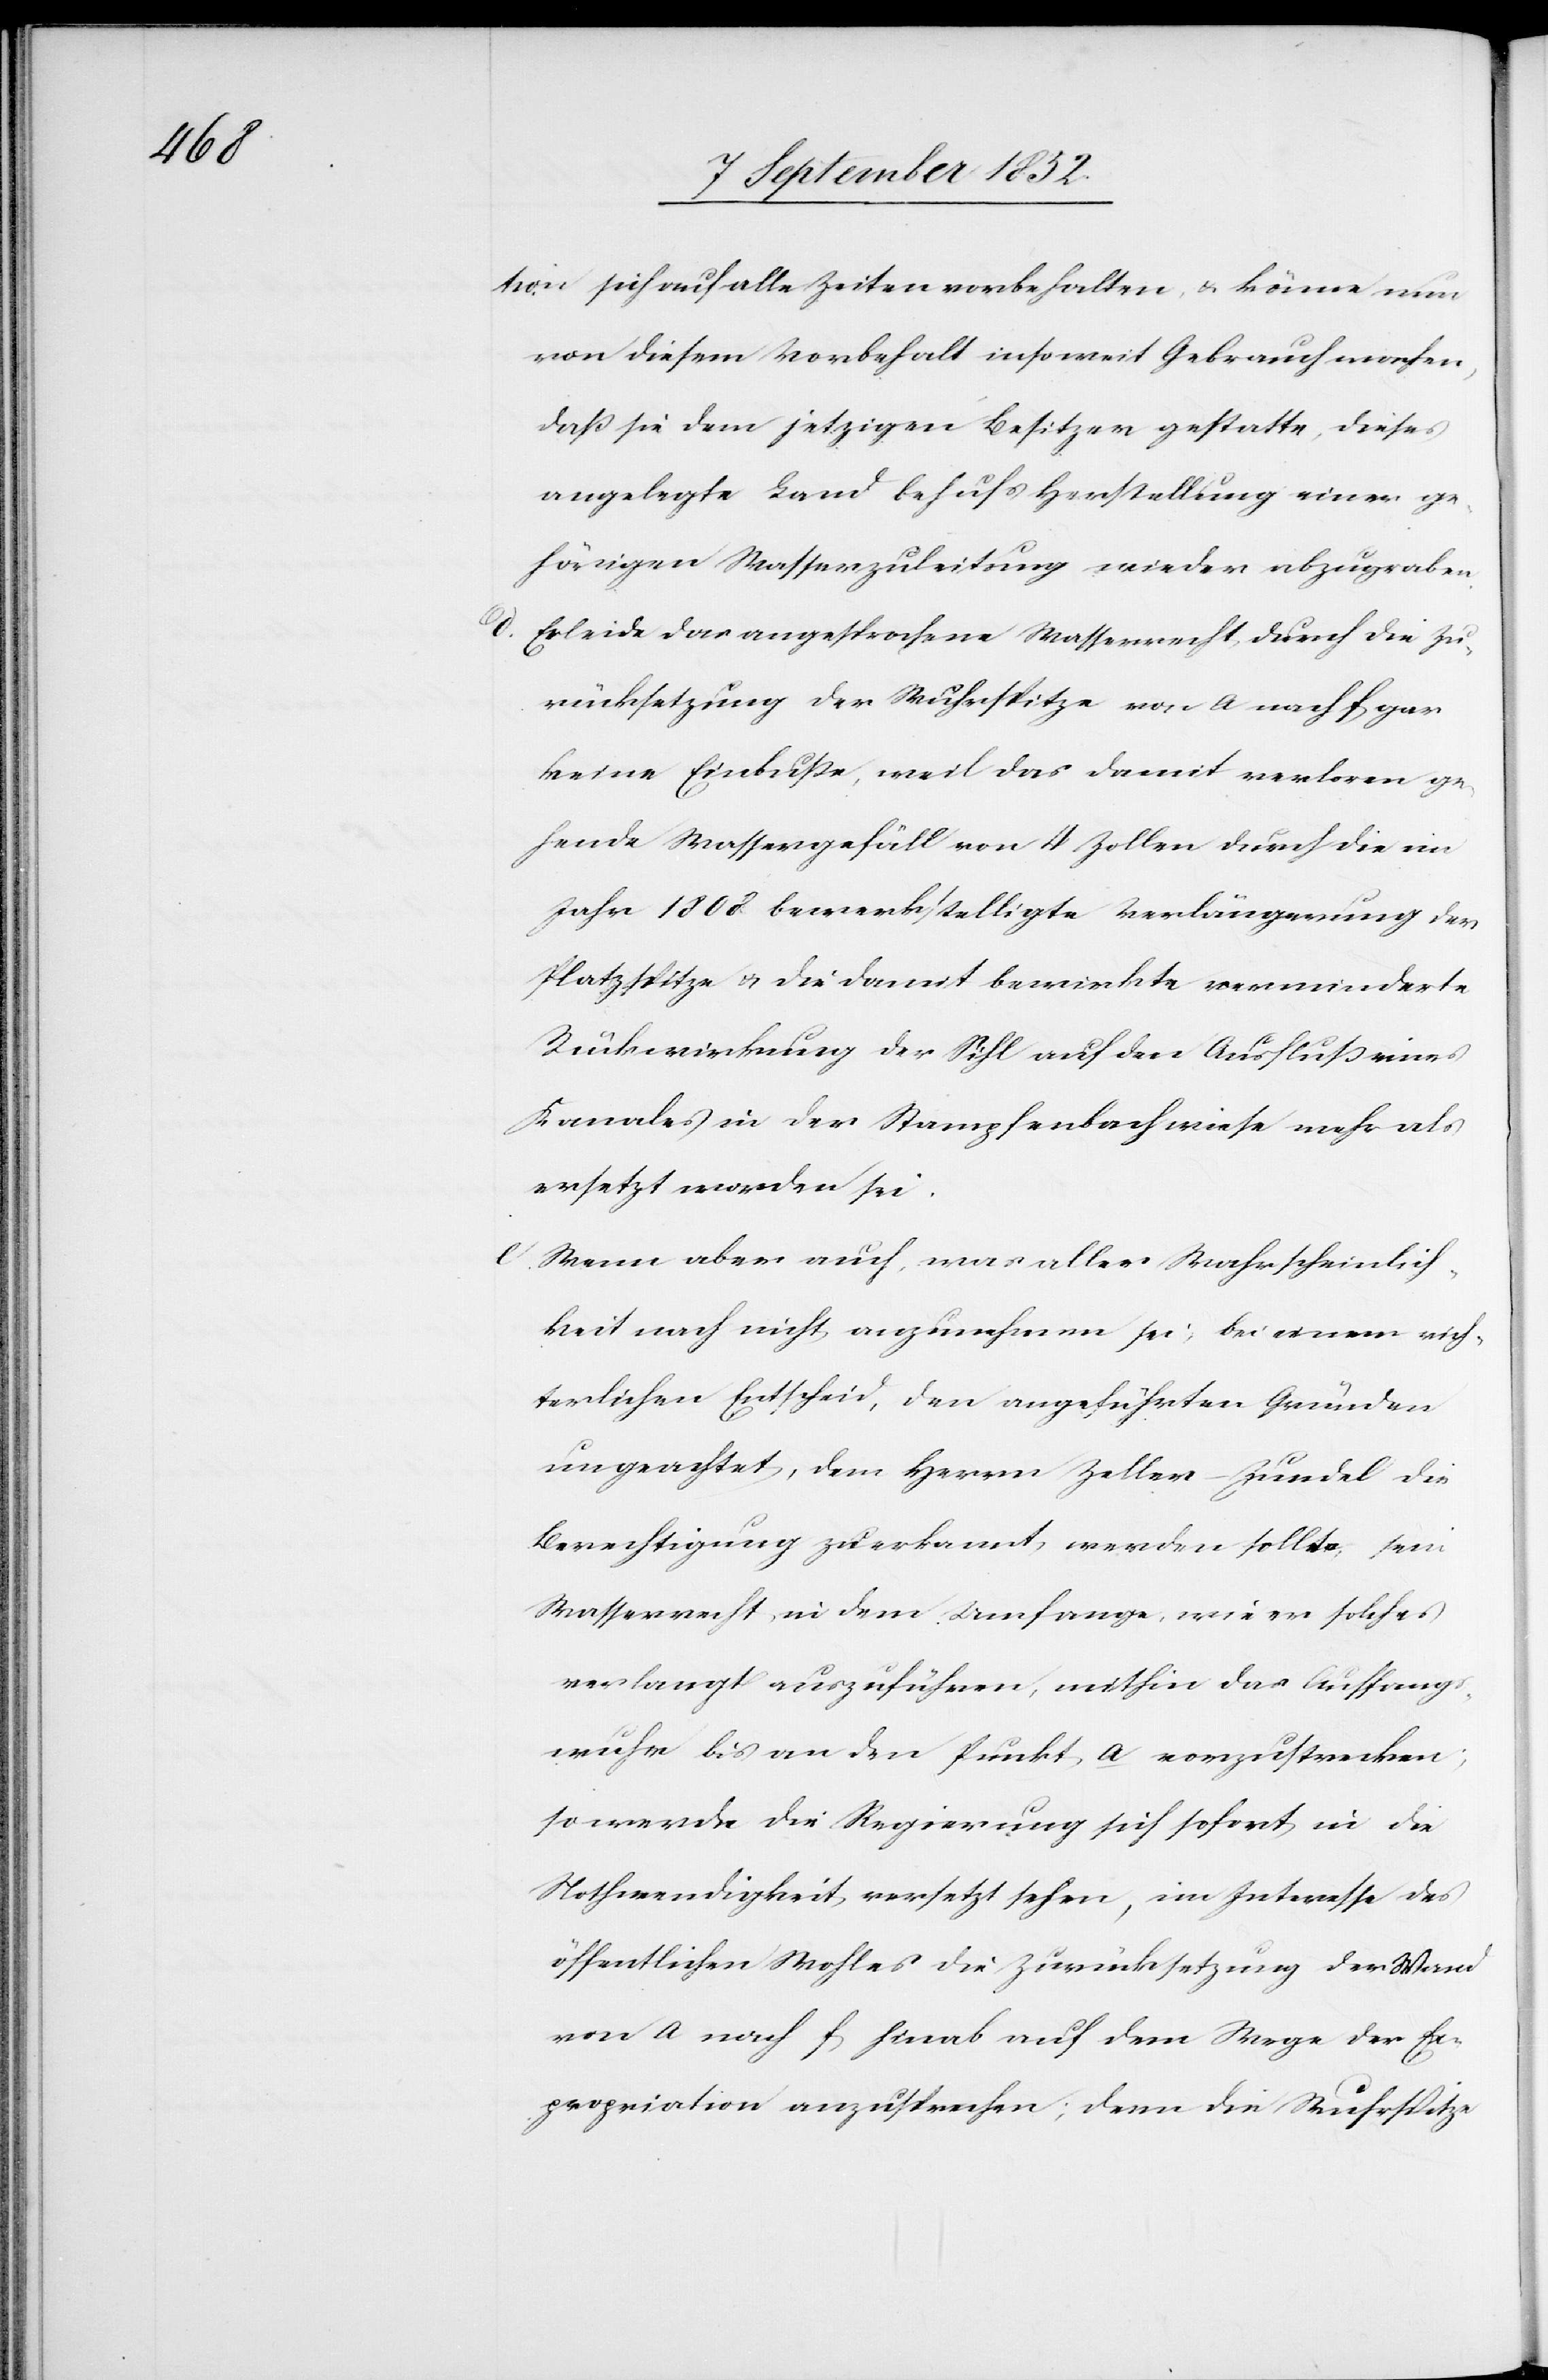
tion sich auf alle Zeiten vorbehalten, & könne nun
von diesem Vorbehalt insoweit Gebrauch machen,
daß sie dem jetzigen Besitzer gestatte, dieses
angelegte Land behufs Herstellung einer ge¬
hörigen Wasserzuleitung wieder abzugraben.
Erleide das angesprochene Wasserrecht durch die Zu¬
rücksetzung der Wuhrspitze von a nach f gar
keine Einbuße, weil das damit verloren ge¬
hende Wassergefäll von 4 Zollen durch die im
Jahr 1808 bewerkstelligte Verlängerung der
Platzspitze & die damit bewirkte verminderte
Rückwirkung der Sihl auf den Ausfluß eines
Kanales in der Stampfenbachwiese mehr als
ersetzt worden sei.
Wenn aber auch, was aller Wahrscheinlich¬
keit nach nicht anzunehmen sei, bei einem rich¬
terlichen Entscheid, den angeführten Gründen
ungeachtet, dem Herrn Zeller-Zundel die
Berechtigung zuerkannt werden sollte, sein
Wasserrecht in dem Umfange, wie er solches
verlangt auszuführen, mithin das Auffangs¬
wuhr bis an den Punkt a vorzustrecken;
so werde die Regierung sich sofort in die
Nothwendigkeit versetzt sehen, im Interesse des
öffentlichen Wohles die Zurücksetzung der Wand
von a nach f hinab auf dem Wege der Ex¬
propriation anzusprechen; denn die Wuhrspitze